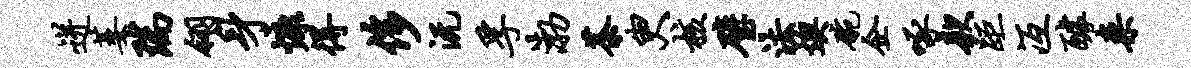
迸萎瑞翎身慷得侈沅孚渤茶臾核璧法燠碗企啄款距冱醵案